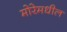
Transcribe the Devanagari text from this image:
मोरेमधील